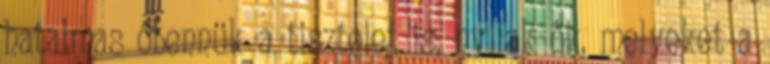
hatalmas őbennük a tisztelet is, nyilak ők, melyeket a